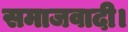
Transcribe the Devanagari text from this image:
समाजवादी।